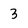
Character: 3